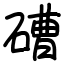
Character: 𥕢